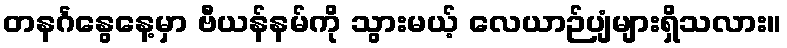
တနင်္ဂနွေနေ့မှာ ဗီယန်နမ်ကို သွားမယ့် လေယာဉ်ပျံများရှိသလား။